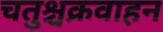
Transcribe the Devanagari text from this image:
चतुश्चक्रवाहन